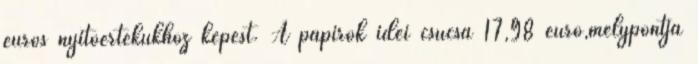
eurós nyitóértékükhöz képest. A papírok idei csúcsa 17,98 euró,mélypontja